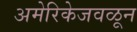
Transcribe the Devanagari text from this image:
अमेरिकेजवळून